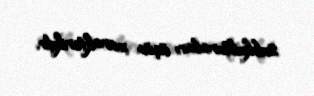
subkulturaları üçün xarakterikdir.